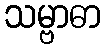
သမ္ဗာဓာ